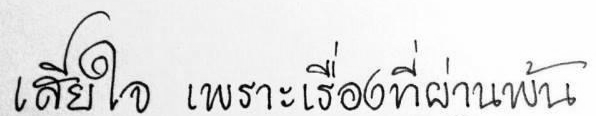
เสียใจ เพราะเรื่องที่ผ่านพ้น